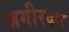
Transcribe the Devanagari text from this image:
जगीरदार